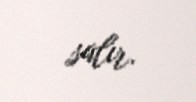
salır.